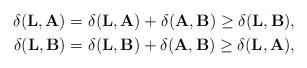
LaTeX: \begin{align*}\delta(\mathbf{L},\mathbf{A})&=\delta(\mathbf{L},\mathbf{A})+\delta(\mathbf{A},\mathbf{B})\ge \delta(\mathbf{L},\mathbf{B}),\\\delta(\mathbf{L},\mathbf{B})&=\delta(\mathbf{L},\mathbf{B})+\delta(\mathbf{A},\mathbf{B})\ge \delta(\mathbf{L},\mathbf{A}),\end{align*}